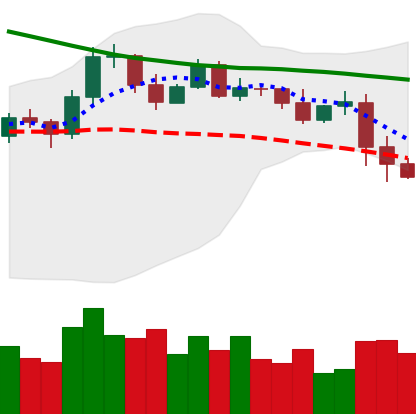
Ticker: EOS-USD
Chart end date: 2019-11-20
Forward return: -18.121%
Label: down_7plus